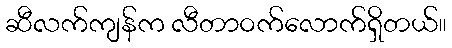
ဆီလက်ကျန်က လီတာဝက်လောက်ရှိတယ်။